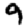
Digit: 9